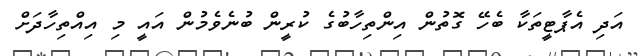
އަދި އެޕާޓީތަކާ ބެހޭ ގޮތުން އިންތިހާބުގެ ކުރީން ބުނެވެމުން އައީ މި އިއްތިހާދަށް